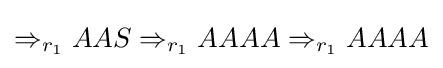
\Rightarrow _{r_{1}}AAS\Rightarrow _{r_{1}}AAAA\Rightarrow _{r_{1}}AAAA